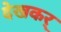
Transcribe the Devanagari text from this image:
देखकर्